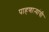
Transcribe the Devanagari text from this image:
पाहणाऱ्यांची